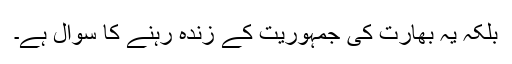
بلکہ یہ بھارت کی جمہوریت کے زندہ رہنے کا سوال ہے۔